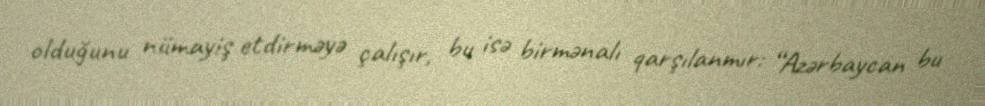
olduğunu nümayiş etdirməyə çalışır, bu isə birmənalı qarşılanmır: “Azərbaycan bu